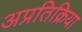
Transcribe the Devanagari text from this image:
अप्रतिक्रिया